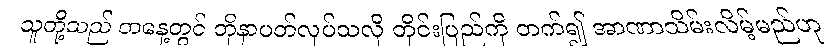
သူတို့သည် တနေ့တွင် ဘိုနာပတ်လုပ်သလို တိုင်းပြည်ကို တက်၍ အာဏာသိမ်းလိမ့်မည်ဟု